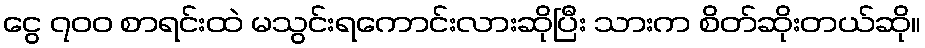
ငွေ ၇၀၀ စာရင်းထဲ မသွင်းရကောင်းလားဆိုပြီး သားက စိတ်ဆိုးတယ်ဆို။